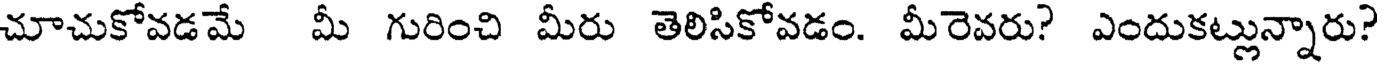
చూచుకోవడమే మీ గురించి మీరు తెలిసికోవడం. మీరెవరు? ఎందుకట్లున్నారు?